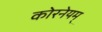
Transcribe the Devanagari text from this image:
कोरनेयम्